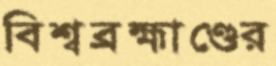
বিশ্বব্রহ্মাণ্ডের